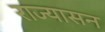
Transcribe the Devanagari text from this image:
राज्यासन